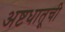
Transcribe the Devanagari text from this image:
अष्टधातूची